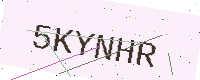
Text: 5KYNHR